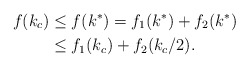
\begin{align*}f(k_c) &\leq f(k^*) = f_1(k^*)+f_2(k^*) \\ &\leq f_1(k_c) + f_2(k_c/2).\end{align*}